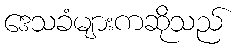
ဒေသခံများကဆိုသည်